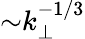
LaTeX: {\sim}k_{\perp}^{-1/3}